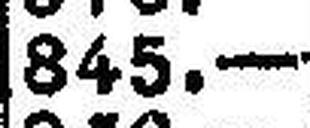
845.—